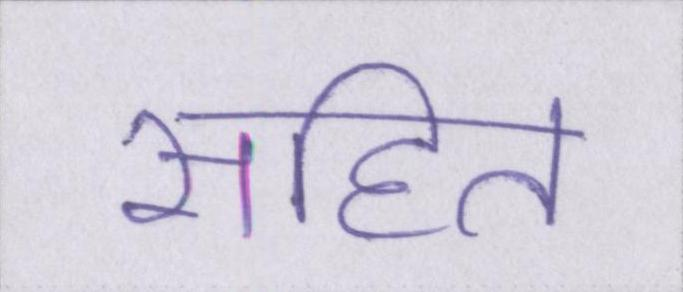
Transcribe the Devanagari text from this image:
सहित